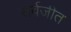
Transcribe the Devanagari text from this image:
सर्वजीत